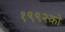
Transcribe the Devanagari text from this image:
१९९२को